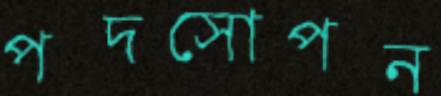
পদসোপন